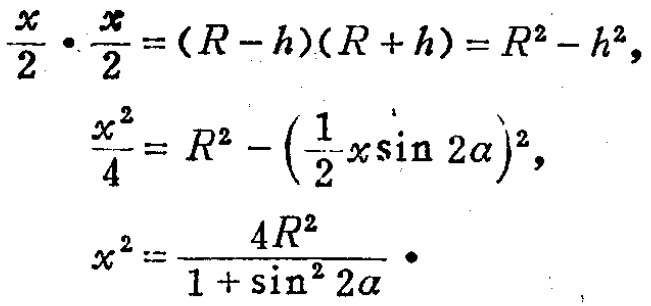
\[
\begin{align*}
\frac{x}{2} \cdot \frac{x}{2} &=(R - h)(R + h)=R^{2}-h^{2},\\
\frac{x^{2}}{4}&=R^{2}-\left(\frac{1}{2}x\sin 2\alpha\right)^{2},\\
x^{2}&=\frac{4R^{2}}{1 + \sin^{2}2\alpha} \cdot
\end{align*}
\]